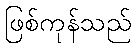
ဖြစ်ကုန်သည်